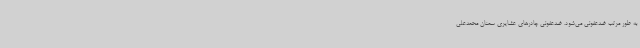
به طور مرتب ضدعفونی می‌شود. ضدعفونی چادرهای عشایری سمنان محمدعلی